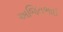
અજિતભાઈ